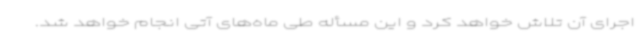
اجرای آن تلاش خواهد کرد و این مسأله طی ماه‌های آتی انجام خواهد شد.